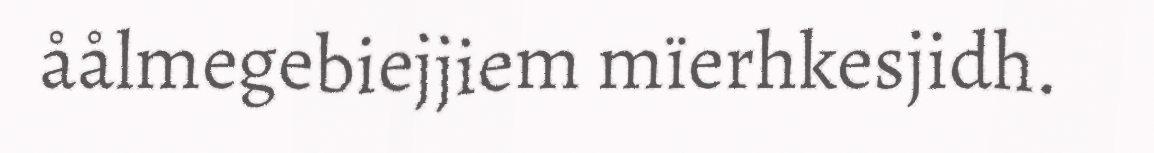
åålmegebiejjiem mïerhkesjidh.